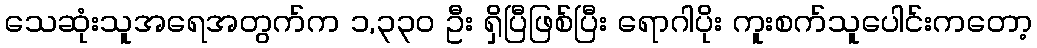
သေဆုံးသူအရေအတွက်က ၁,၃၃၀ ဦး ရှိပြီဖြစ်ပြီး ရောဂါပိုး ကူးစက်သူပေါင်းကတော့